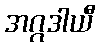
အဂ္ဂဒါယီ